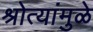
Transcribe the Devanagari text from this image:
श्रोत्यांमुळे